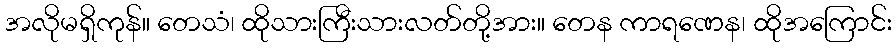
အလိုမရှိကုန်။ တေသံ၊ ထိုသားကြီးသားလတ်တို့အား။ တေန ကာရဏေန၊ ထိုအကြောင်း